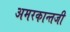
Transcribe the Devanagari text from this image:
अमरकान्तजी